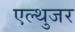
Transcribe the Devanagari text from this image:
एल्थुजर